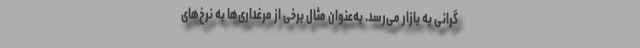
گرانی به بازار می‌رسد. به‌عنوان مثال برخی از مرغداری‌ها به نرخ‌های